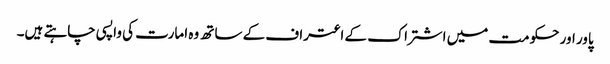
پاور اور حکومت میں اشتراک کے اعتراف کے ساتھ وہ امارت کی واپسی چاہتے ہیں۔